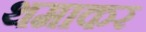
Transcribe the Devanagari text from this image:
थमाकर